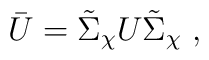
\bar{U} = \tilde\Sigma_\chi U \tilde\Sigma_\chi \ ,